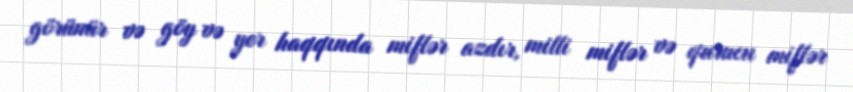
görünür və göy və yer haqqında miflər azdır, milli miflər və qurucu miflər